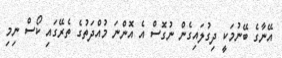
އޭނާގެ ބޭނުމަކީ ދިގުލައިގެން ނުގޮސް އެ އޮންނަ މުއްދަތުގެ ތެރޭގައި ކޯސް ނިމި